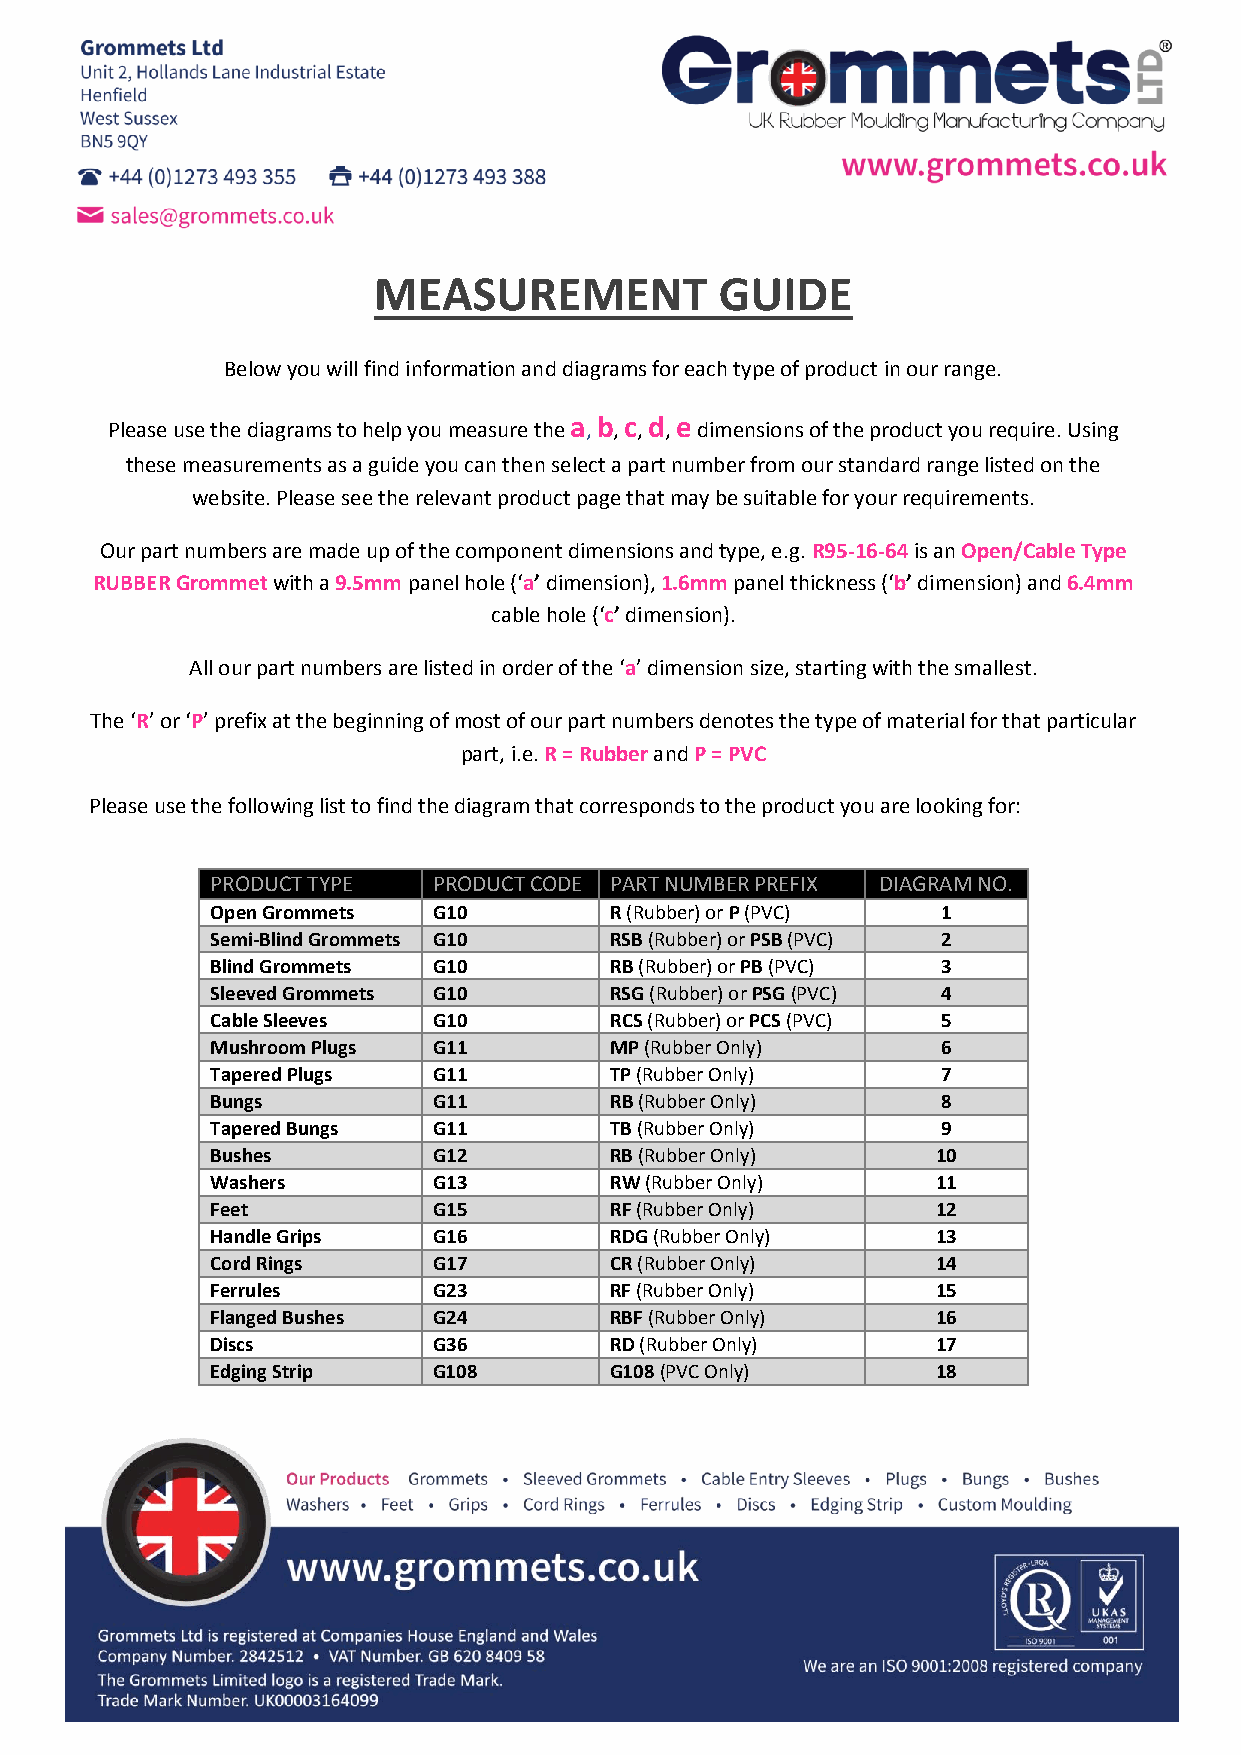
MEASUREMENT            GUIDE
 Below you will find information and diagrams for each type of product in our range.
 Please use the diagrams to help you measure the a, b, c, d, e dimensions of the product you require. Using
 these measurements as a guide you can then select a part number from our standard range listed on the
 website. Please see the relevant product page that may be suitable for your requirements.
 Our part numbers are made up of the component dimensions and type, e.g. R95-16-64 is an Open/Cable Type
 RUBBER Grommet with a 9.5mm panel hole (‘a’ dimension), 1.6mm panel thickness (‘b’ dimension) and 6.4mm
 cable hole (‘c’ dimension).
 All our part numbers are listed in order of the ‘a’ dimension size, starting with the smallest.
 The ‘R’ or ‘P’ prefix at the beginning of most of our part numbers denotes the type of material for that particular
 part, i.e. R = Rubber and P = PVC
 Please use the following list to find the diagram that corresponds to the product you are looking for:
 PRODUCT TYPE   PRODUCT CODE PART NUMBER PREFIX DIAGRAM NO.
 Open Grommets  G10        R (Rubber) or P (PVC) 1
 Semi-Blind Grommets G10   RSB (Rubber) or PSB (PVC) 2
 Blind Grommets G10        RB (Rubber) or PB (PVC) 3
 Sleeved Grommets G10      RSG (Rubber) or PSG (PVC) 4
 Cable Sleeves  G10        RCS (Rubber) or PCS (PVC) 5
 Mushroom Plugs G11        MP (Rubber Only)      6
 Tapered Plugs  G11        TP (Rubber Only)      7
 Bungs          G11        RB (Rubber Only)      8
 Tapered Bungs  G11        TB (Rubber Only)      9
 Bushes         G12        RB (Rubber Only)      10
 Washers        G13        RW (Rubber Only)      11
 Feet           G15        RF (Rubber Only)      12
 Handle Grips   G16        RDG (Rubber Only)     13
 Cord Rings     G17        CR (Rubber Only)      14
 Ferrules       G23        RF (Rubber Only)      15
 Flanged Bushes G24        RBF (Rubber Only)     16
 Discs          G36        RD (Rubber Only)      17
 Edging Strip   G108       G108 (PVC Only)       18